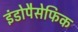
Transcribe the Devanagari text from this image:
इंडोपैसेफिक